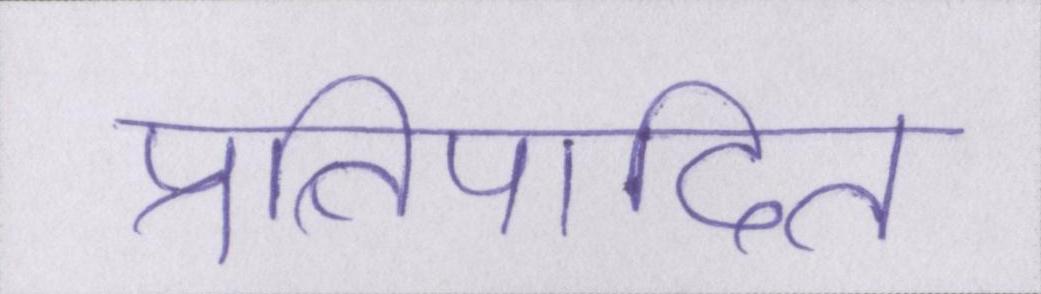
प्रतिपादित